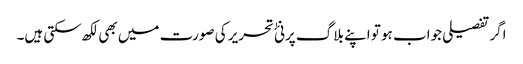
اگرتفصیلی جواب ہو تو اپنے بلاگ پر نئٰ تحریر کی صورت میں بھی لکھ سکتی ہیں۔